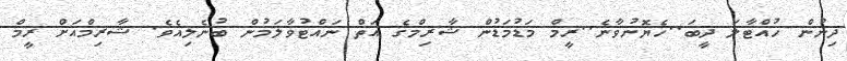
ދިނުން ހުއްޓާލަ ދީބަ..ހެޔޮނުވާނެ..ރީމް މަޑުމަޑުން ޝާރިމްގެ އަތް ނައްޓުވާލަމުން ބުނެލިއެވެ. ޝާރިމްއަށް ރީމް